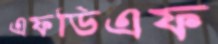
এফডিএফ